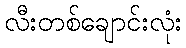
လီးတစ်ချောင်းလုံး